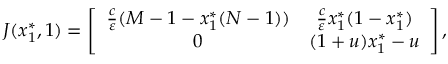
\begin{array} { r } { J ( x _ { 1 } ^ { * } , 1 ) = \left[ { \begin{array} { c c } { \frac { c } { \varepsilon } ( M - 1 - x _ { 1 } ^ { * } ( N - 1 ) ) } & { \frac { c } { \varepsilon } x _ { 1 } ^ { * } ( 1 - x _ { 1 } ^ { * } ) } \\ { 0 } & { ( 1 + u ) x _ { 1 } ^ { * } - u } \end{array} } \right] , } \end{array}